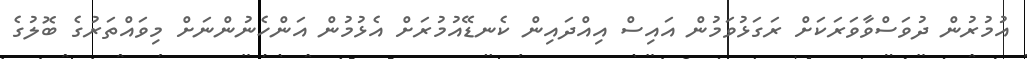
އުމުރުން ދުވަސްވާވަރަކަށް ރަގަޅުވަމުން އައިސް އިއްދައިން ކެނޑޭއުމުރަށް އެޅުމުން އަންހެނުންނަށް މިވައްތަރުގެ ބޮލުގެ